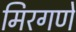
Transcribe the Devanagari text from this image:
मिरगणे